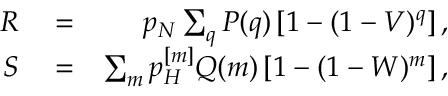
\begin{array} { r l r } { R } & { { } = } & { p _ { N } \sum _ { q } P ( q ) \left[ 1 - ( 1 - V ) ^ { q } \right] , } \\ { S } & { { } = } & { \sum _ { m } p _ { H } ^ { [ m ] } Q ( m ) \left[ 1 - ( 1 - W ) ^ { m } \right] , } \end{array}